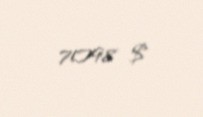
7098 $